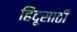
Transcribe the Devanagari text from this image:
हिंदूसाठी